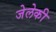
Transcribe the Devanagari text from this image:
जेलेकी